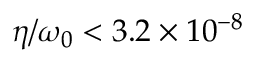
\eta / \omega _ { 0 } < 3 . 2 \times 1 0 ^ { - 8 }